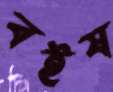
বইষ